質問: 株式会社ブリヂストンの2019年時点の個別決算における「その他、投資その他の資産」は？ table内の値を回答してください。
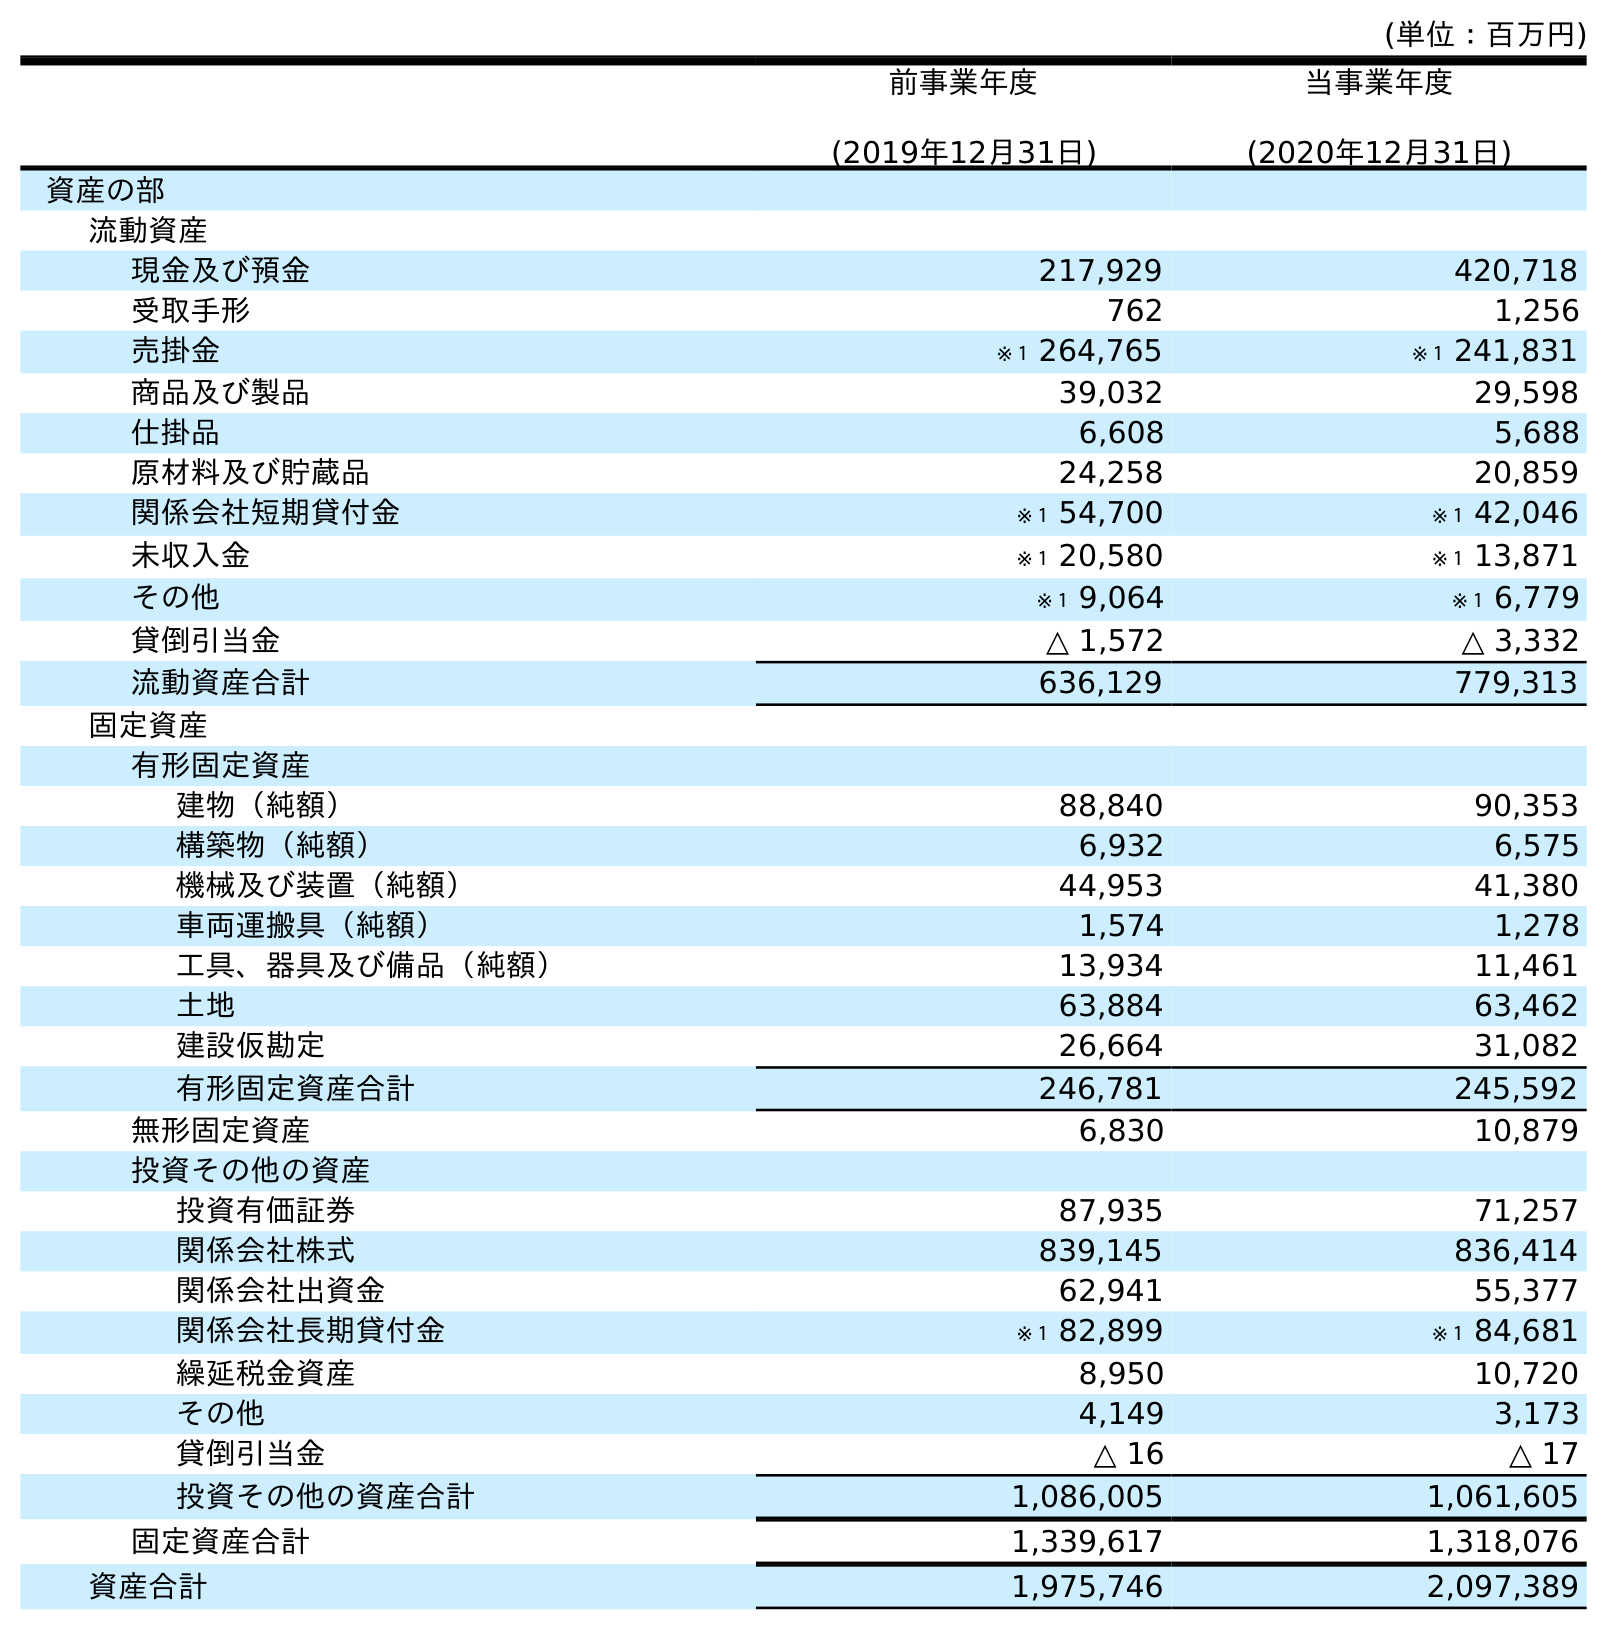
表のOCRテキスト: (単位：百万円) 前事業年度 (2019年12月31日) 当事業年度 (2020年12月31日) 資産の部 流動資産 現金及び預金 217,929 420,718 受取手形 762 1,256 売掛金 ※１ 264,765 ※１ 241,831 商品及び製品 39,032 29,598 仕掛品 6,608 5,688 原材料及び貯蔵品 24,258 20,859 関係会社短期貸付金 ※１ 54,700 ※１ 42,046 未収入金 ※１ 20,580 ※１ 13,871 その他 ※１ 9,064 ※１ 6,779 貸倒引当金 △ 1,572 △ 3,332 流動資産合計 636,129 779,313 固定資産 有形固定資産 建物（純額） 88,840 90,353 構築物（純額） 6,932 6,575 機械及び装置（純額） 44,953 41,380 車両運搬具（純額） 1,574 1,278 工具、器具及び備品（純額） 13,934 11,461 土地 63,884 63,462 建設仮勘定 26,664 31,082 有形固定資産合計 246,781 245,592 無形固定資産 6,830 10,879 投資その他の資産 投資有価証券 87,935 71,257 関係会社株式 839,145 836,414 関係会社出資金 62,941 55,377 関係会社長期貸付金 ※１ 82,899 ※１ 84,681 繰延税金資産 8,950 10,720 その他 4,149 3,173 貸倒引当金 △ 16 △ 17 投資その他の資産合計 1,086,005 1,061,605 固定資産合計 1,339,617 1,318,076 資産合計 1,975,746 2,097,389
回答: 4,149